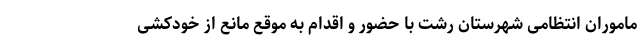
ماموران انتظامی شهرستان رشت با حضور و اقدام به موقع مانع از خودکشی